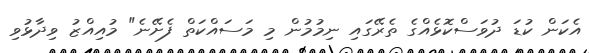
އެކަން ކުޑަ ދުވަސްކޮޅެއްގެ ތެރޭގައި ނިމުމުން މި މަސައްކަތް ފެށޭނެ" މުއިއްޒު ވިދާޅުވި